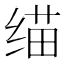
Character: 𰬬